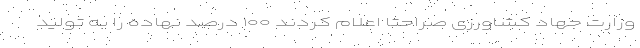
وزارت جهاد کشاورزی صراحتاً اعلام کردند ۱۰۰ درصد نهاده را به تولید